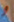
و